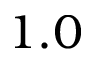
1 . 0